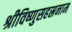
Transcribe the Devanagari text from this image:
श्रीविष्णुसहस्रनाम